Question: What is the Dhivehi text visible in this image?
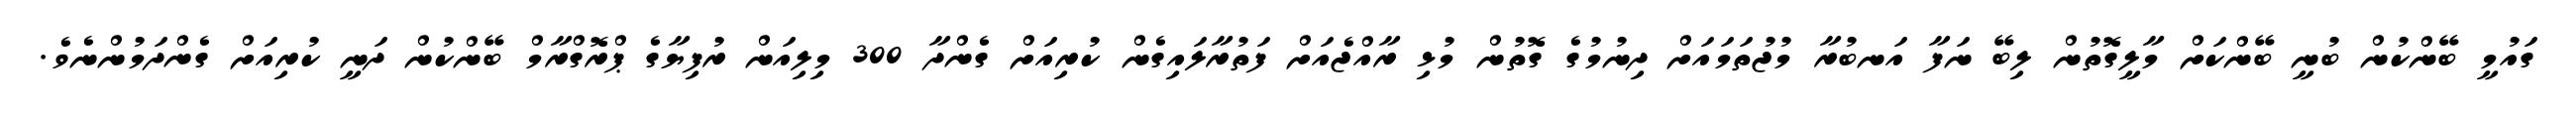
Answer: ގައުމީ ބޭންކުން ބުނީ ބޭންކަށް މާލީގޮތުން ލިބޭ ނަފާ އަނބުރާ މުޖުތަމައަށް ދިނުމުގެ ގޮތުން މުޅި ރާއްޖެއަށް ފަތުރާލައިގެން ކުރިއަށް ގެންދާ 300 މިލިއަން ރުފިޔާގެ ޕްރޮގްރާމް ބޭންކުން ދަނީ ކުރިއަށް ގެންދަމުންނެވެ.